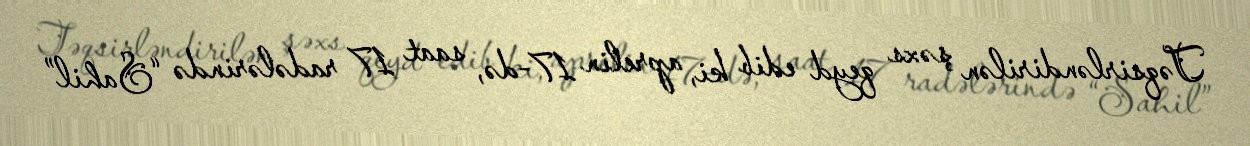
Təqsirləndirilən şəxs qeyd edib ki, aprelin 17-də, saat 17 radələrində “Sahil”